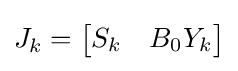
J_{k}={\begin{bmatrix}S_{k}&B_{0}Y_{k}\end{bmatrix}}